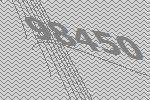
98450